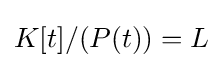
K[t]/(P(t))=L